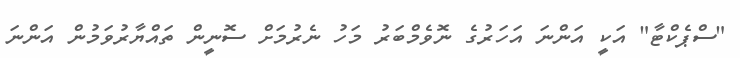
"ސްޕެކްޓާ" އަކީ އަންނަ އަހަރުގެ ނޮވެމްބަރު މަހު ނެރުމަށް ސޮނީން ތައްޔާރުވަމުން އަންނަ